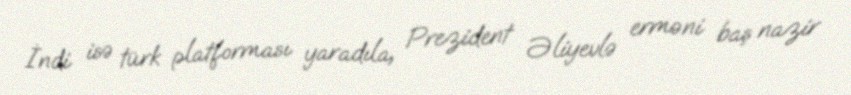
İndi isə türk platforması yaradıla, Prezident Əliyevlə erməni baş nazir